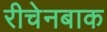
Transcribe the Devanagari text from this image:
रीचेनबाक